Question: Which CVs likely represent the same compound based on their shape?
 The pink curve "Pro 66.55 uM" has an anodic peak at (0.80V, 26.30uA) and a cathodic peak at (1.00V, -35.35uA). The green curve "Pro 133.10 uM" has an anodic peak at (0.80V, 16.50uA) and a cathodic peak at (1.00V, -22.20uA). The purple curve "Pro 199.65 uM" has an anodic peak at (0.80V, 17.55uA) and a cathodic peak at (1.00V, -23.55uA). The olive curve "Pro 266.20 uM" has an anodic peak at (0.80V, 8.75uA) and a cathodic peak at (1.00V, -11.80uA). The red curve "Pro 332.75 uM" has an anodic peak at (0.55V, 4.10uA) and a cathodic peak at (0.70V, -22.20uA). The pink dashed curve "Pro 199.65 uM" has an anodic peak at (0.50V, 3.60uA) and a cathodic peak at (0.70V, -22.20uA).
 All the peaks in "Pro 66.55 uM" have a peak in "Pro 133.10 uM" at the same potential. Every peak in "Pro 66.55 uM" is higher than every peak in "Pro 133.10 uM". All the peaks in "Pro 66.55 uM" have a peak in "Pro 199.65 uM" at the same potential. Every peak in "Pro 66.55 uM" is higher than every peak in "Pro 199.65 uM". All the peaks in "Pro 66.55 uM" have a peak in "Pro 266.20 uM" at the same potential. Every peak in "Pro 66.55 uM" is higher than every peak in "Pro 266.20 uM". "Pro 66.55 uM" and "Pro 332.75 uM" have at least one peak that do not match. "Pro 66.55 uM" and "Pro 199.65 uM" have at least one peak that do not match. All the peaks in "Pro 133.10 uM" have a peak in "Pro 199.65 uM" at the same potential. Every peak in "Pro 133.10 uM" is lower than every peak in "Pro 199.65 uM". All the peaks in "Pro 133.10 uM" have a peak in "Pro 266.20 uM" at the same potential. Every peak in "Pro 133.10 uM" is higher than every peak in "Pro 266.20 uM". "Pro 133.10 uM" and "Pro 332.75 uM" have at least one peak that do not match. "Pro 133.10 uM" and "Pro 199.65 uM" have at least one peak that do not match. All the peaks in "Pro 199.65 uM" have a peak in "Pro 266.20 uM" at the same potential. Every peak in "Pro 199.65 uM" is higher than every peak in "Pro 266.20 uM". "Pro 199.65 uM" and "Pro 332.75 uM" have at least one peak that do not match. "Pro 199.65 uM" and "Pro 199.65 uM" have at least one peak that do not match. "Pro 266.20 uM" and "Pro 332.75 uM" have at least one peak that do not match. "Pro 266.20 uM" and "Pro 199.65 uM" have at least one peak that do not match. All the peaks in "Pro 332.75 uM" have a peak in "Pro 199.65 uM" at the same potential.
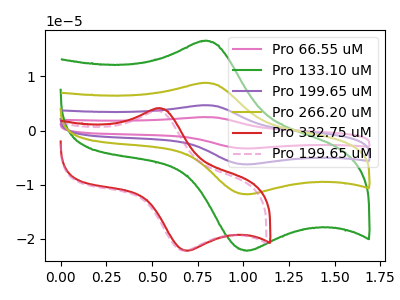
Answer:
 <answer>"Pro 133.10 uM", "Pro 66.55 uM", "Pro 199.65 uM" and "Pro 266.20 uM" have the same shape and are likely CV's of the same chemical.</answer>
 <eval>"Pro 133.10 uM" "Pro 66.55 uM" "Pro 199.65 uM" "Pro 266.20 uM"</eval>